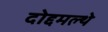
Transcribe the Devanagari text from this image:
दोद्दमल्थे